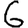
Digit: 6